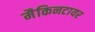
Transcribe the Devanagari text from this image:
मैकिनटायर